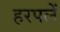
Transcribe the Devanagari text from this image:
हरपलें